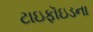
ટાઇફૉઇડના